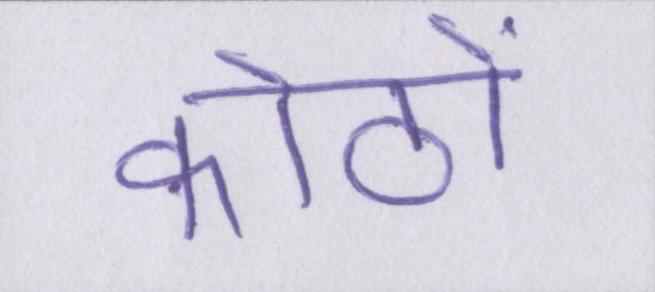
कोठों